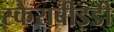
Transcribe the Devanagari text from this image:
स्कैराबीइडी